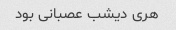
هری دیشب عصبانی بود